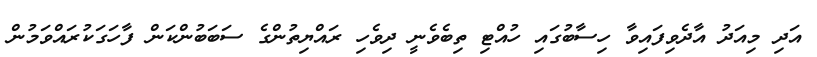
އަދި މިއަދު އާދެވިފައިވާ ހިސާބުގައި ހުއްޓި ތިބެވެނީ ދިވެހި ރައްޔިތުންގެ ސަބަބުންކަން ފާހަގަކުރައްވަމުން